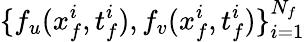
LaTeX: \{ f_{u}(x_{f}^{i},t_{f}^{i}),f_{v}(x_{f}^{i},t_{f}^{i})\} _{i=1}^{N_{f}}